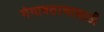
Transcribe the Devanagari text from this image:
गंगावतरणासाठी